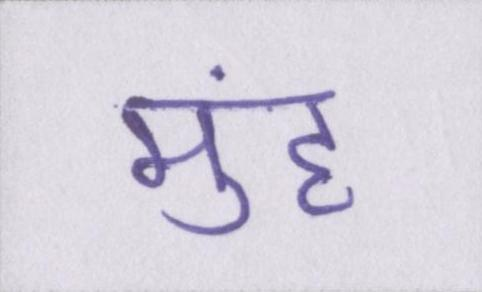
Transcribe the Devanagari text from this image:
मुंह